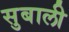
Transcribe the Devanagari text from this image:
सुबाली